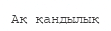
Ақ қандылық